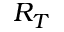
R _ { T }